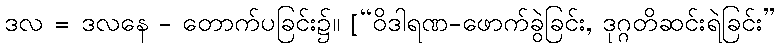
ဒလ = ဒလနေ - တောက်ပခြင်း၌။ [“ဝိဒါရဏ-ဖောက်ခွဲခြင်း, ဒုဂ္ဂတိဆင်းရဲခြင်း”